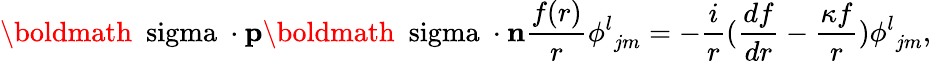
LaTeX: {{\mathrm{\boldmath~\ sigma~}}\cdot{\mathbf p}}{{\mathrm{\boldmath~\ sigma~}}\cdot{\mathbf n}}{\frac{f(r)}{r}}{\phi^{l}}_{jm}=-{\frac{i}{r}}({\frac{df}{dr}}-{\frac{\kappa f}{r}}){\phi^{l}}_{jm},